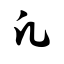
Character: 凡